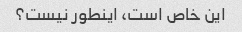
این خاص است، اینطور نیست؟